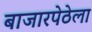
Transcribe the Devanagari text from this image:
बाजारपेठेला